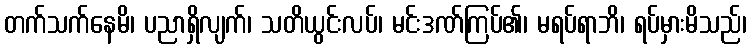
တက်သက်နေမိ၊ ပညာရှိလျက်၊ သတိယွင်းလပ်၊ မင်းဒဏ်ကြပ်၏၊ မရပ်ရာဘိ၊ ရပ်မှားမိသည်၊